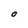
Character: O